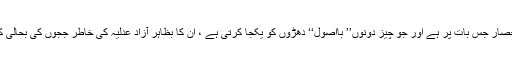
اس تاثر کا انحصار جس بات پر ہے اور جو چیز دونوں’’ بااصول‘‘ دھڑوں کو یکجا کرتی ہے ، ان کا بظاہر آزاد عدلیہ کی خاطر ججوں کی بحالی کا مطالبہ ہے ۔